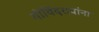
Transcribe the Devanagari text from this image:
गोविंदरावांना